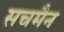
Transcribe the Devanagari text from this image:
सचमैन